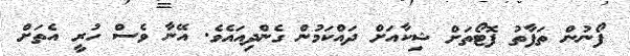
ފޯނުން ތަފާތު ފޮޓޯތަށް ޝިކާއަށް ދައްކަމުން ގެންދިއައެވެ. އޭނާ ވެސް ހުރީ އެތަށް